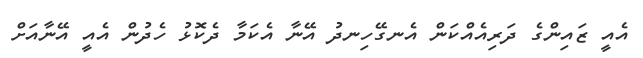
އެއީ ޒައިންގެ ދަރިއެއްކަން އެނގޭހިނދު އޭނާ އެކަމާ ދެކޮޅު ހެދުން އެއީ އޭނާއަށް